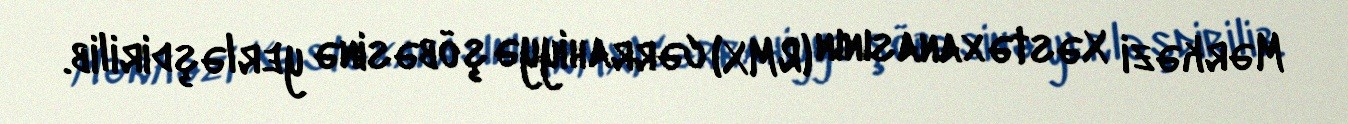
Mərkəzi Xəstəxanasının (RMX) cərrahiyyə şöbəsinə yerləşdirilib.